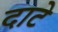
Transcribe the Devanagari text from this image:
दाटे